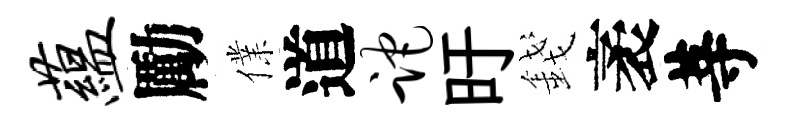
蕴勵㒒道跎旴錢袤䓁